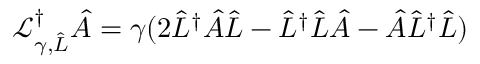
\mathcal { L } _ { \gamma , \hat { L } } ^ { \dagger } \hat { A } = \gamma ( 2 \hat { L } ^ { \dagger } \hat { A } \hat { L } - \hat { L } ^ { \dagger } \hat { L } \hat { A } - \hat { A } \hat { L } ^ { \dagger } \hat { L } )